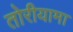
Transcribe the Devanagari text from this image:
तोरीयामा